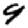
Digit: 9